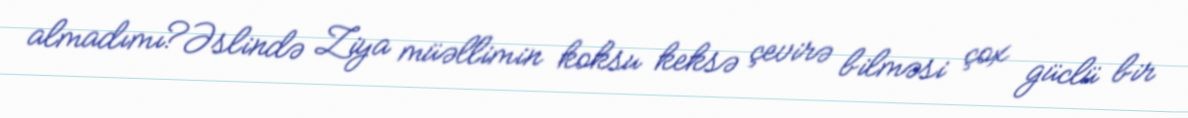
almadımı?Əslində Ziya müəllimin koksu keksə çevirə bilməsi çox güclü bir